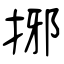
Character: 捓